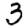
Digit: 3